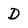
Character: D